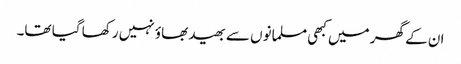
ان کے گھر میں کبھی مسلمانوں سے بھید بھاؤ نہیں رکھا گیا تھا۔